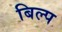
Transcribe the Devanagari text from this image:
बिल्प